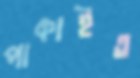
পাকাইত